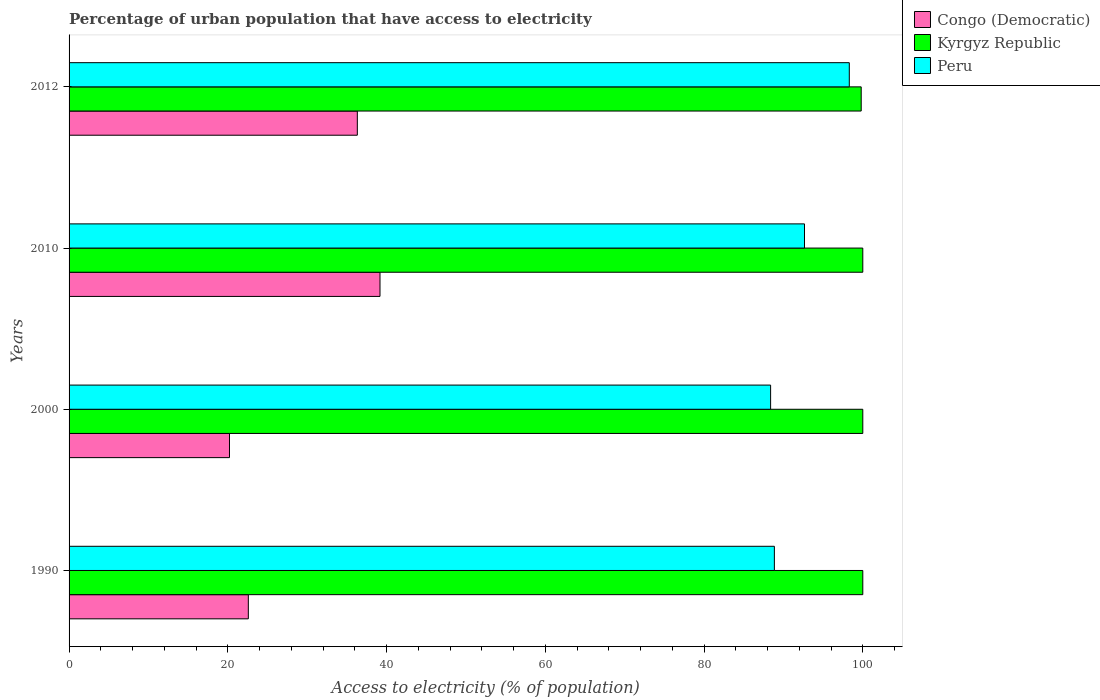
| Years | Congo (Democratic) | Kyrgyz Republic | Peru |
 | --- | --- | --- | --- |
 | 1990 | 22.6 | 100 | 88.9 |
 | 2000 | 20.2 | 100 | 88.4 |
 | 2010 | 39.2 | 100 | 92.7 |
 | 2012 | 36.3 | 99.8 | 98.3 |